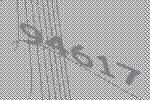
94617